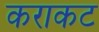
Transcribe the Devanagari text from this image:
कराकट